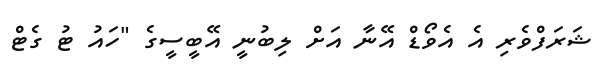
ޝަރަފްވެރި އެ އެވޯޑް އޭނާ އަށް ލިބުނީ އޭބީސީގެ "ހައު ޓު ގެޓް